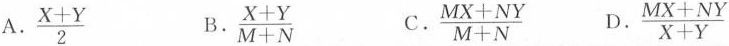
A.\frac{X+Y}{2} B.\frac{X+Y}{M+N} C.\frac{MX+NY}{M+N} D.\frac{MX+NY}{X+Y}